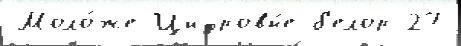
Моло́же Цифровы́е б'елор 27